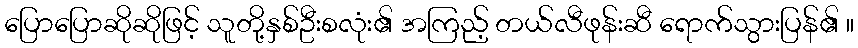
ပြောပြောဆိုဆိုဖြင့် သူတို့နှစ်ဦးစလုံး၏ အကြည့် တယ်လီဖုန်းဆီ ရောက်သွားပြန်၏ ။